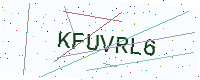
Text: KFUVRL6